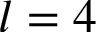
l = 4